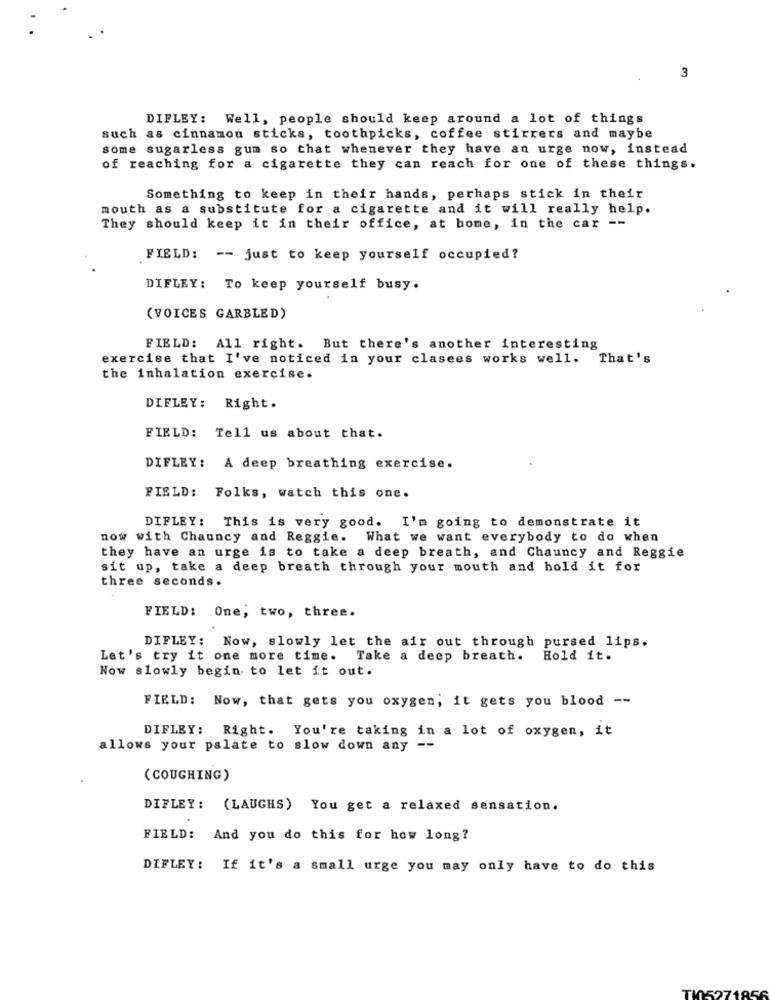
3
DIFLEY: Well, people should keep around a lot of things
such as cinnamon sticks, toothpicks, coffee stirrers and maybe
some sugarless gum so that whenever they have an urge now, instead
of reaching for a cigarette they can reach for one of these things.
Something to keep in their hands, perhaps stick in their
mouth as a substitute for a cigarette and it will really help.
They should keep it in their office, at home, in the car --
FIELD: -- just to keep yourself occupied?
DIFLEY: To keep yourself busy.
(VOICES GARBLED)
FIELD: All right. But there's another interesting
exercise that I've noticed in your clasees works well. That's
the inhalation exercise.
DIFLEY: Right.
FIELD: Tell us about that.
DIFLEY: A deep breathing exercise.
FIELD: Folks, watch this one.
DIFLEY :
This is very good. I'm going to demonstrate it
now with Chauncy and Reggie. What we want everybody to do when
they have an urge is to take a deep breath, and Chauncy and Reggie
sit up, take a deep breath through your mouth and hold it for
three seconds.
FIELD: One, two, three.
DIFLEY: Now, slowly let the air out through pursed lips.
Let's try it one more time. Take a deep breath. Hold it.
Now slowly begin to let it out.
FIELD: Now, that gets you oxygen; it gets you blood --
DIFLEY: Right. You're taking in a lot of oxygen, it
allows your palate to slow down any --
( COUGHING)
DIFLEY: (LAUGHS) You get a relaxed sensation.
FIELD: And you do this for how long?
DIFLEY: If it's a small urge you may only have to do this